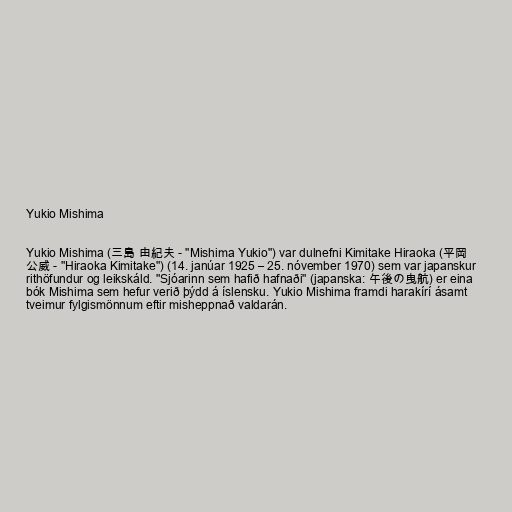
Yukio Mishima

Yukio Mishima (三島 由紀夫 - "Mishima Yukio") var dulnefni Kimitake Hiraoka (平岡
公威 - "Hiraoka Kimitake") (14. janúar 1925 – 25. nóvember 1970) sem var japanskur
rithöfundur og leikskáld. "Sjóarinn sem hafið hafnaði" (japanska: 午後の曳航) er eina
bók Mishima sem hefur verið þýdd á íslensku. Yukio Mishima framdi harakírí ásamt
tveimur fylgismönnum eftir misheppnað valdarán.